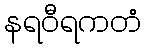
နရဝီရကတံ